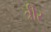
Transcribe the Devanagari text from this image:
त्रीर